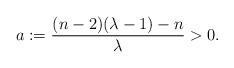
LaTeX: \begin{align*} a := \frac{(n-2)(\lambda-1)-n}{\lambda} >0.\end{align*}